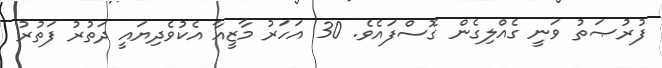
ފުރުޞަތު ވަނީ ގެއްލިގެން ގޮސްފައެވެ. 30 އަހަރު މާޒީއާ އެކުވެދިޔައީ ދަތުރު ފަތުރު